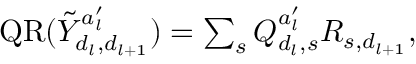
\begin{array} { r } { \mathrm { Q R } ( \tilde { Y } _ { d _ { l } , d _ { l + 1 } } ^ { a _ { l } ^ { \prime } } ) = \sum _ { s } Q _ { d _ { l } , s } ^ { a _ { l } ^ { \prime } } R _ { s , d _ { l + 1 } } , } \end{array}